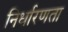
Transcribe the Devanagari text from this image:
निर्धारणता